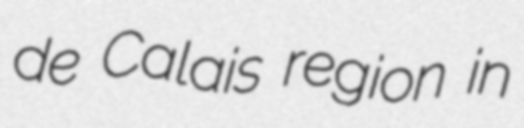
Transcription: de Calais region in